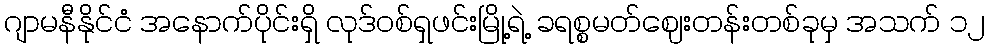
ဂျာမနီနိုင်ငံ အနောက်ပိုင်းရှိ လုဒ်ဝစ်ရှဖင်းမြို့ရဲ့ ခရစ္စမတ်ဈေးတန်းတစ်ခုမှ အသက် ၁၂